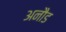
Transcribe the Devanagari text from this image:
अनौड